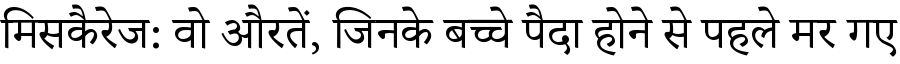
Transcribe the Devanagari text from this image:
मिसकैरेज: वो औरतें, जिनके बच्चे पैदा होने से पहले मर गए